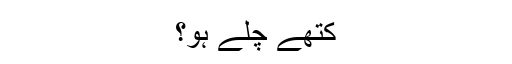
کتھے چلے ہو؟